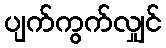
ပျက်ကွက်လျှင်